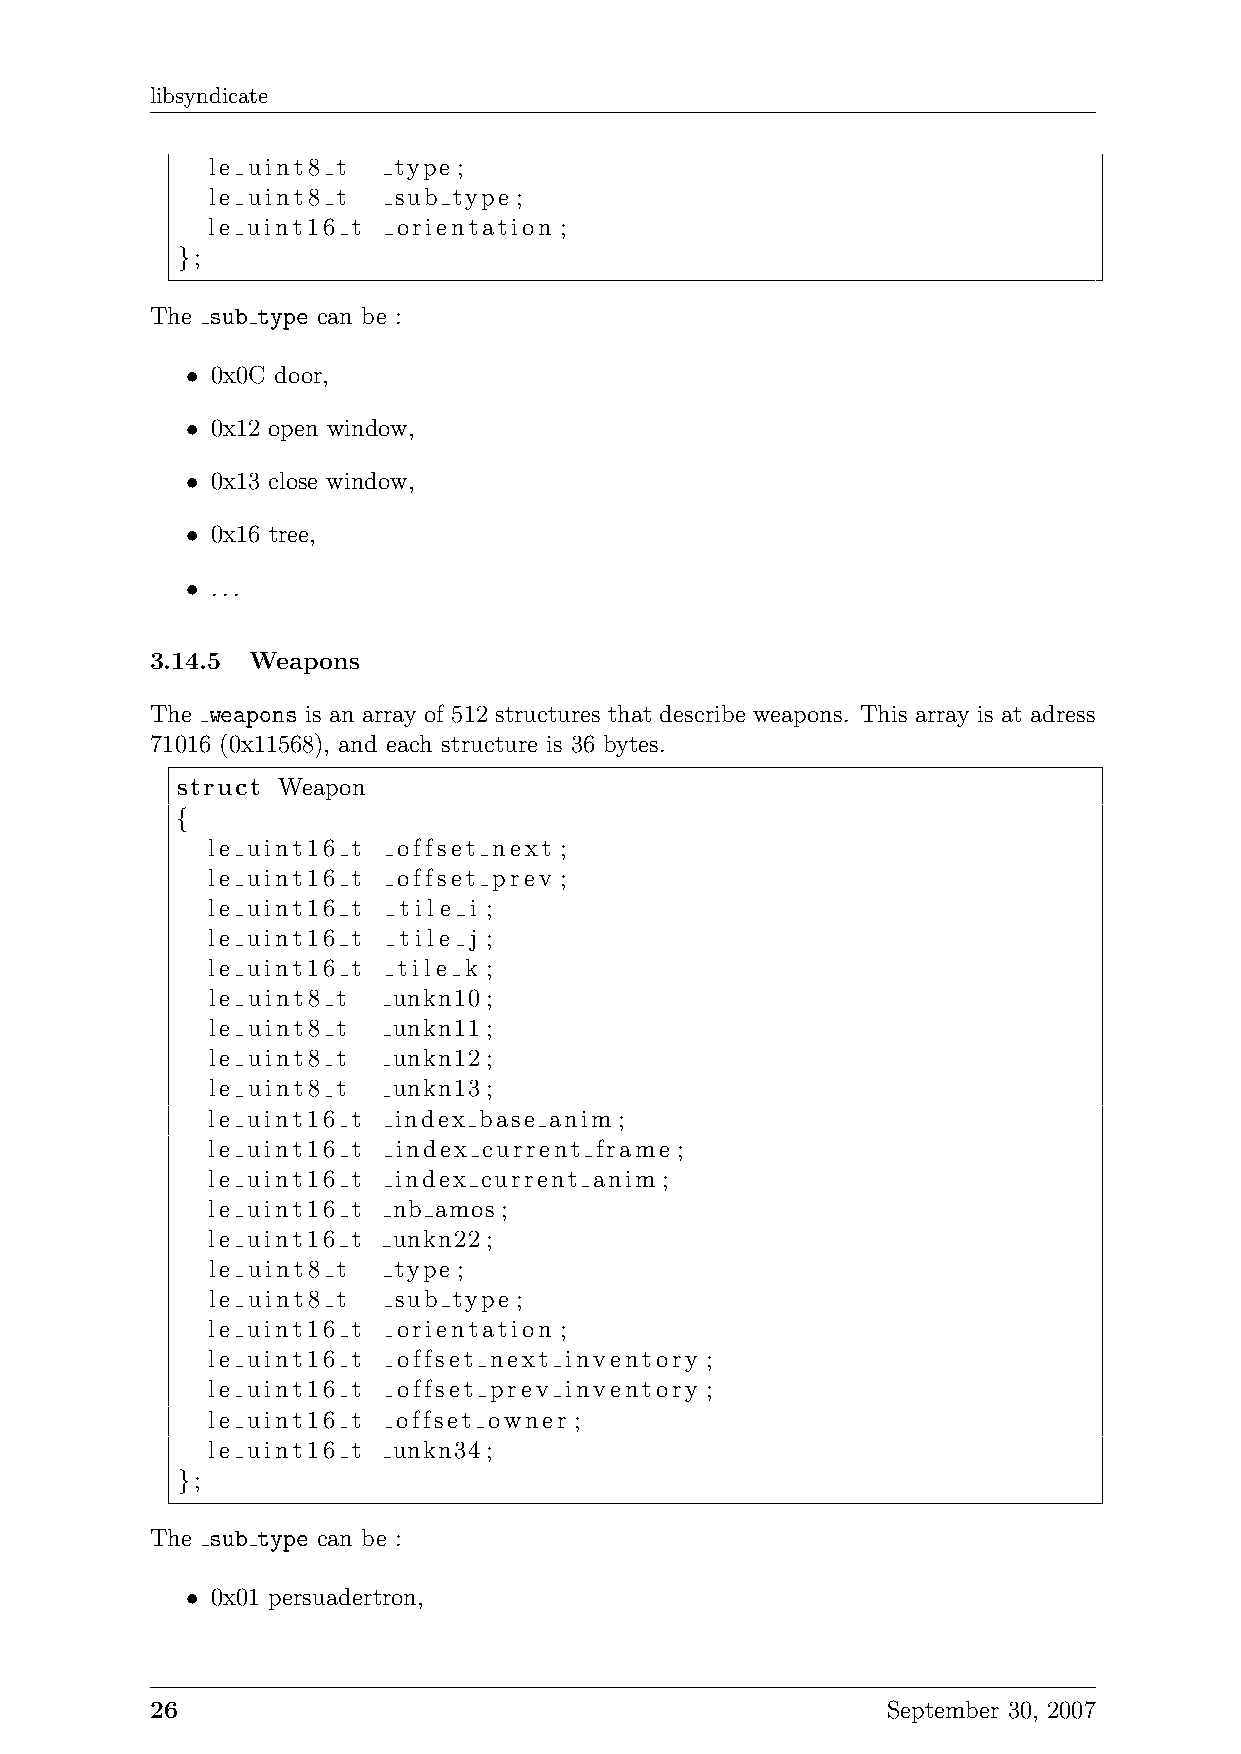
libsyndicate
 le uint8 t  type ;
 le uint8 t  sub type ;
 le uint16 t orientation ;
 };
 The sub type can be :
 • 0x0C door,
 • 0x12 open window,
 • 0x13 close window,
 • 0x16 tree,
 • ...
 3.14.5 Weapons
 The weapons is an array of 512 structures that describe weapons. This array is at adress
 71016 (0x11568), and each structure is 36 bytes.
 struct Weapon
 {
 le uint16 t offset next ;
 le uint16 t offset prev ;
 le uint16 t tile i ;
 le uint16 t tile j ;
 le uint16 t tile k ;
 le uint8 t  unkn10;
 le uint8 t  unkn11;
 le uint8 t  unkn12;
 le uint8 t  unkn13;
 le uint16 t index base anim ;
 le uint16 t index current frame ;
 le uint16 t index current anim ;
 le uint16 t nb amos;
 le uint16 t unkn22;
 le uint8 t  type ;
 le uint8 t  sub type ;
 le uint16 t orientation ;
 le uint16 t offset next inventory ;
 le uint16 t offset prev inventory ;
 le uint16 t offset owner ;
 le uint16 t unkn34;
 };
 The sub type can be :
 • 0x01 persuadertron,
 26                                               September 30, 2007